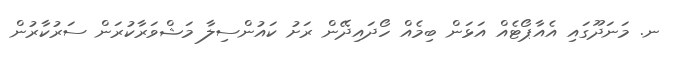
ނ. މަނަދޫގައި އެއާޕޯޓެއް އަޅަން ބިމެއް ހޯދައިދޭން ރަށު ކައުންސިލާ މަޝްވަރާކުރަން ސަރުކާރުން